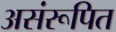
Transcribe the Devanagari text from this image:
असंरूपित